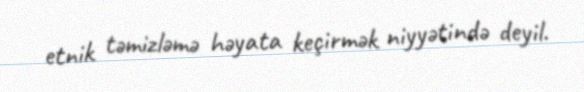
etnik təmizləmə həyata keçirmək niyyətində deyil.